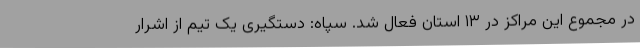
در مجموع این مراکز در ۱۳ استان فعال شد. سپاه: دستگیری یک تیم از اشرار